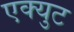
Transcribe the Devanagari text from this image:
एक्युट